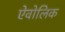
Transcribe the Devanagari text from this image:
ऐवोलिक